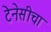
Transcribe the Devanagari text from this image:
टेनेसीचा